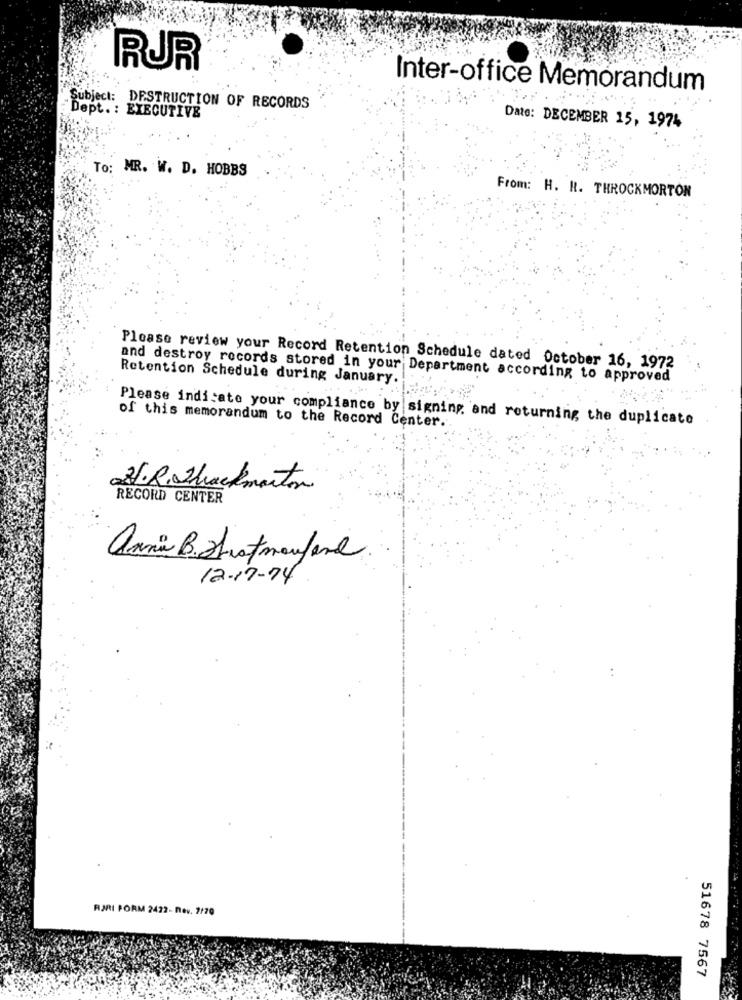
RUR
Inter-office Memorandum
Subject: DESTRUCTION OF RECORDS
Dept. : EXECUTIVE
Date: DECEMBER 15, 1974
To: MR. W. D. HOBBS
From: H. R. THROCKMORTON
Please review your Record Retention Schedule dated October 16, 1972
and destroy records stored in your Department according to approved
Retention Schedule during January.
Please indicate your compliance by signing and returning the duplicate
of this memorandum to the Record Center.
U.R. Shackmarton
RECORD CENTER
anni B. Stratmeufand
12-17-74
.+
RJRI PORM 2422- nev. 7/70
51678 7567